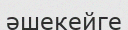
әшекейге